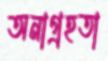
অনাগ্রহতা